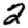
Digit: 2